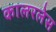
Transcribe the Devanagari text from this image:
कालरलेस